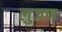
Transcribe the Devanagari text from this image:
लुजण